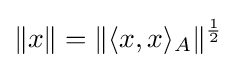
\Vert x\Vert =\Vert \langle x,x\rangle _{A}\Vert ^{\frac {1}{2}}